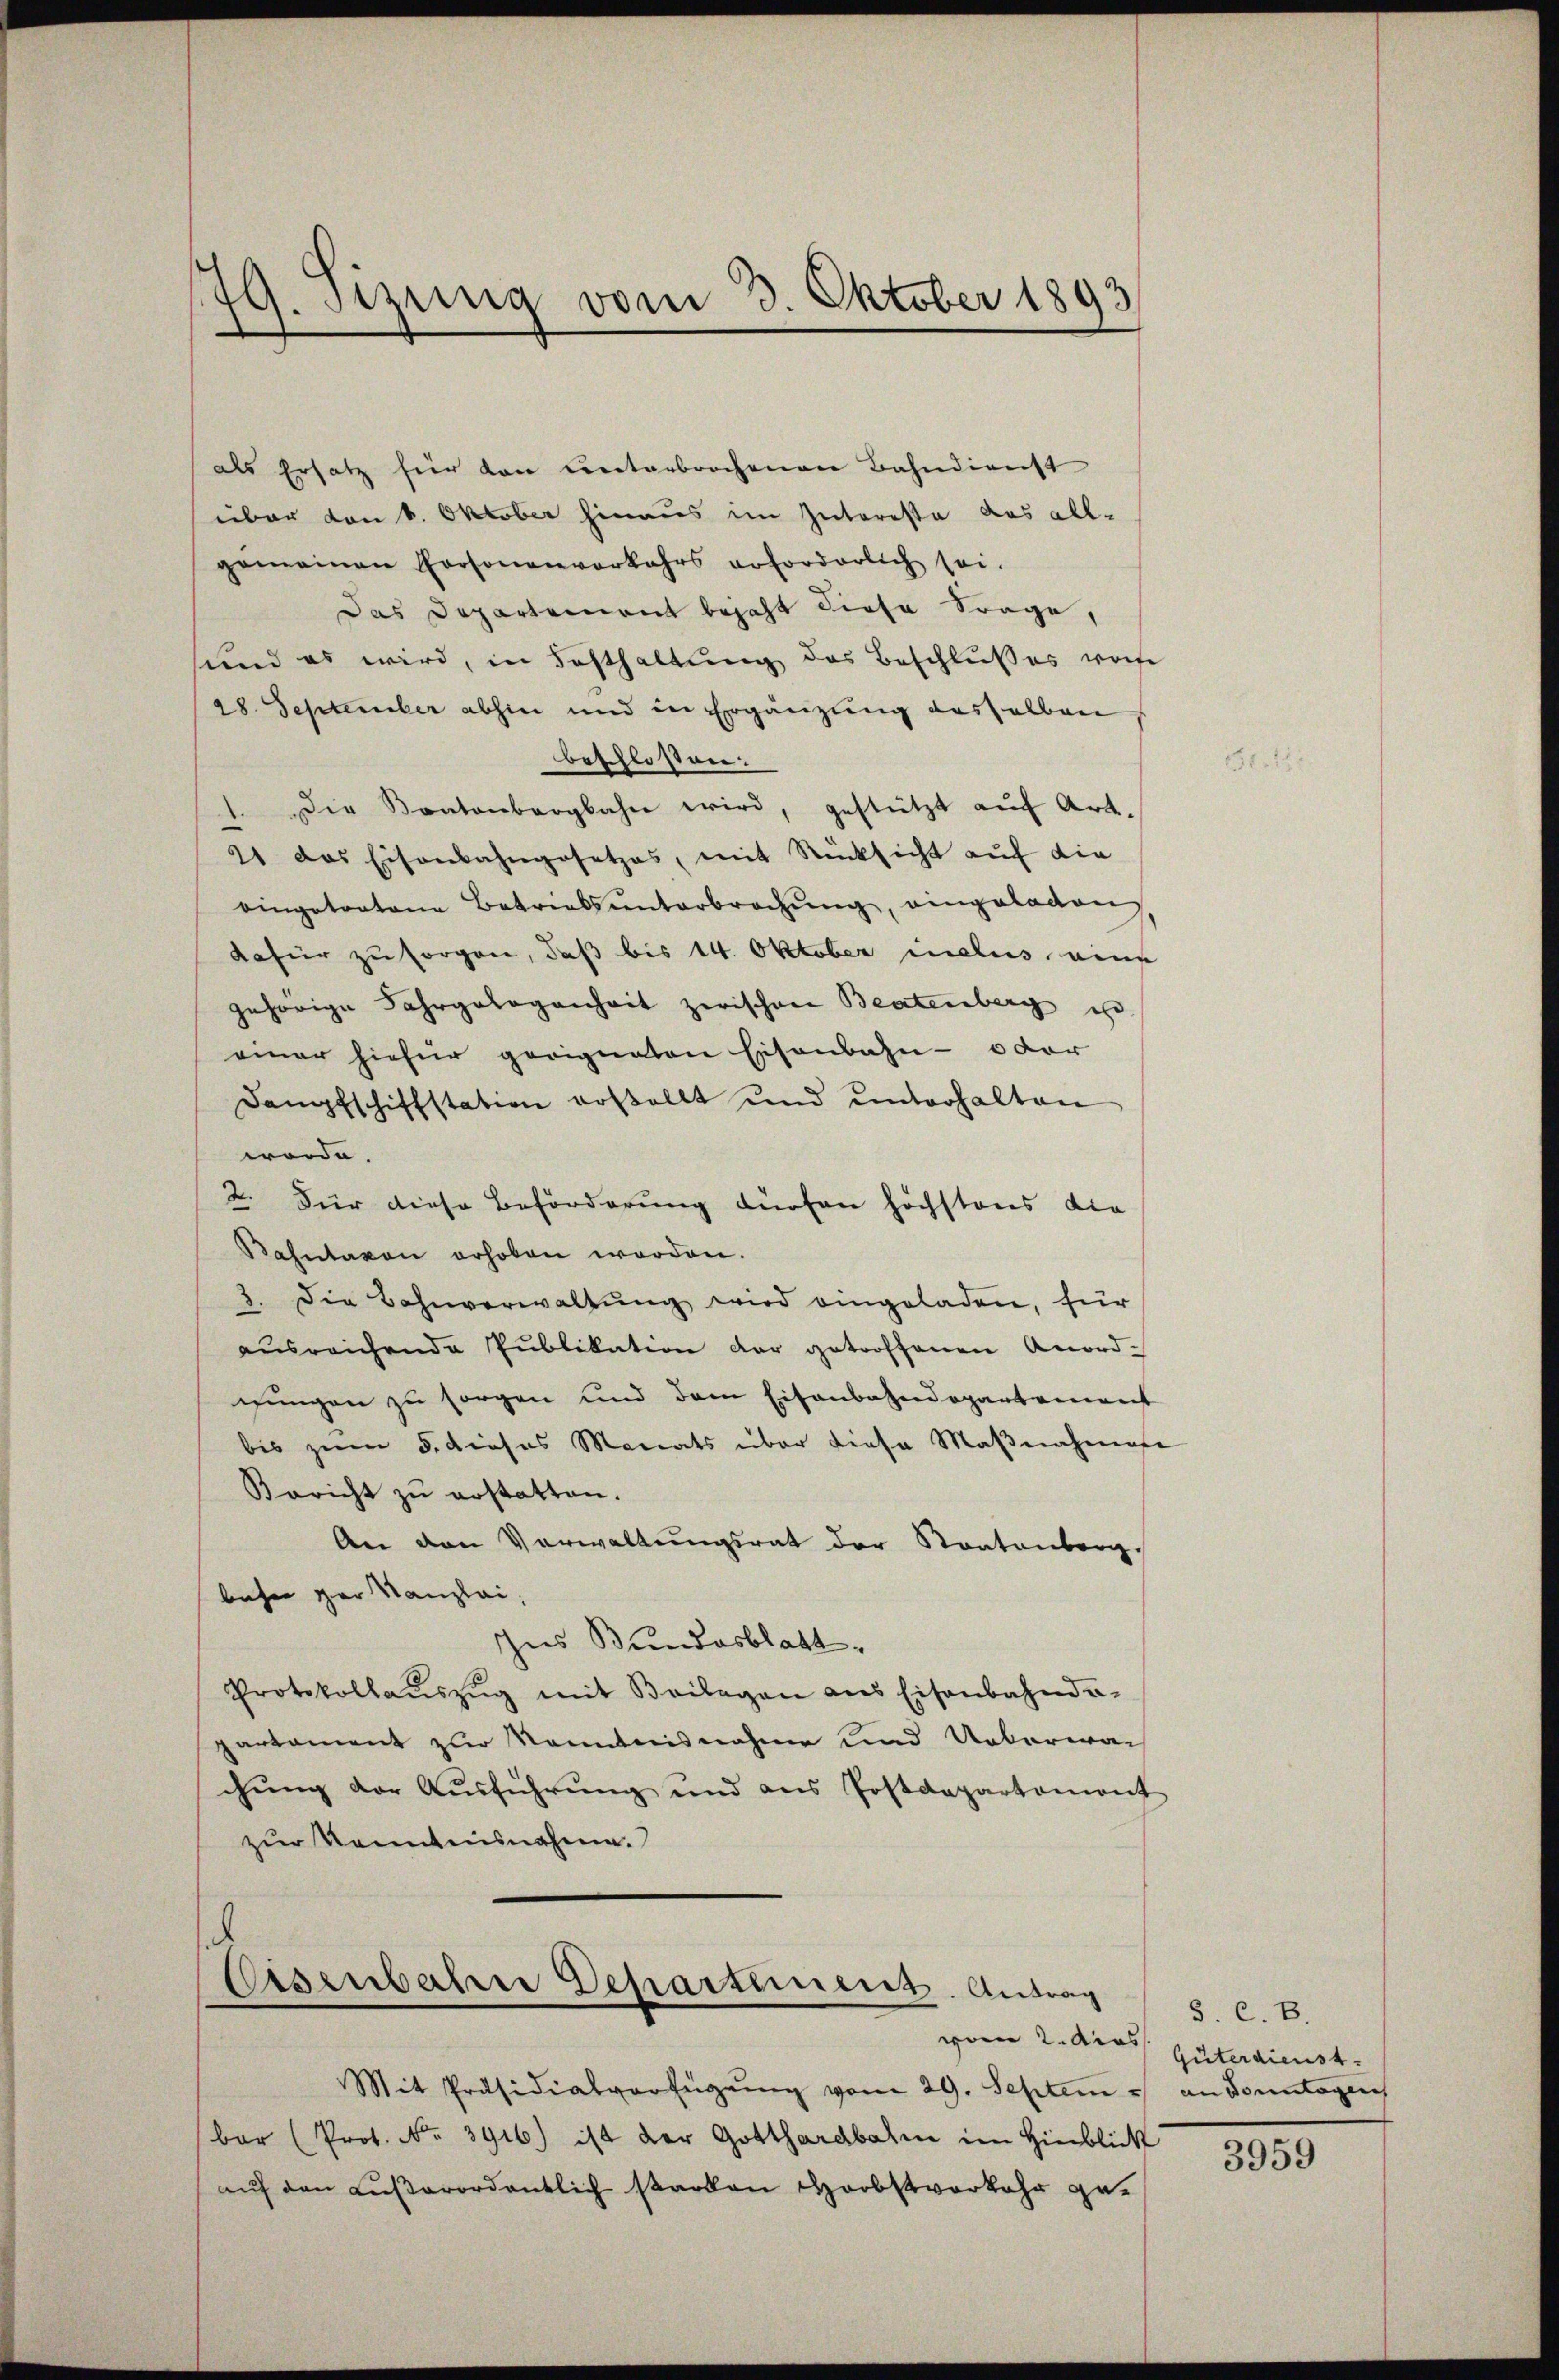
179. Sitzung vom 2. Oktober 1893

als Ersatz für von unterbrochenen Bahndienst
über von 6. Oktober hinaus im Intereste das all-
gemeinen Personenverkehrs erforderlich sei.
Das Departement bejaht diese Frage,
sund es wird, in Festhaltung des Beschlußes wohe
28. September abhin und in Ergänzung desselben
beschlossen:
Die Kontenbergbahn wird, gestützt auf Art.
21 das Eisenbahngesetzes, mit Rücksicht auf die
vingetratene Betriebsŭnterbrachŭng, eingelagen
dafür zu sorgen, daß bis 14. Oktober inclus eine
gehörige Fahrgelegenheit zwischen Beatenberg is
einer hiefür geeignaten Eisenbahn- oder
Dampfschiffstation erstellt und ŭnterhalten
worde.
2. Für diese Beförderung dürfen höchstens die
Kahntaxen erhoben worden.
3. Die Bahnverwaltŭng wird eingeladen, für
ausreichende Publikation der getroffenen Anord-
gungen zu sorgen und dem Eisenbahndepartement
bis zum 5. dieses Monats über diese Maβnahme
Bericht zu erstatten.
An den Verwaltungsrat der Staatenberg.
beser gar Kanzlei,
Ines Bundesblatt.
Protokollaŭszŭg mit Beilagen aus Eisenbahnde-
partement zur Kenntnisnahme und Ueberwar
chŭng der Aŭsführŭng und ans Postdepartament
zur Kenntnisnahme.
.
Eisenbahrer Departement. Antrag
Mit Präsidialverfügŭng vom 29. Septem an Sonntagen
bar (Prot. No. 3916) ist der Gotthardbahn im Hinblick
aŭf den Lŭβerordentlich starken Herbstverkehr ge¬

S. C. B.
von 2. ders. Güterdienst

3959